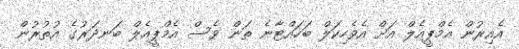
އެއިރުން އެމްޕީއެލް އަށް އެވެހިކަލް ބަހައްޓާނެ ތަން ވެސް އެމްޕީއެލް ބަނދަރުގެ އުތުރުން